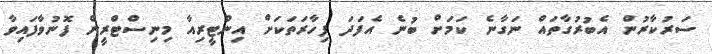
ސަރުކާރުން އެބުރުގާތައް ނަގާނެ ކަމަށް ބުނެ އެފަދަ ފިހާރަތަކަށް އިންޓީރިއާ މިނިސްޓްރީން ފޮނުވާފައިވާ